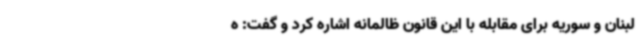
لبنان و سوریه برای مقابله با این قانون ظالمانه اشاره کرد و گفت: ه